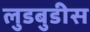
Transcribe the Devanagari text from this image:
लुडबुडीस